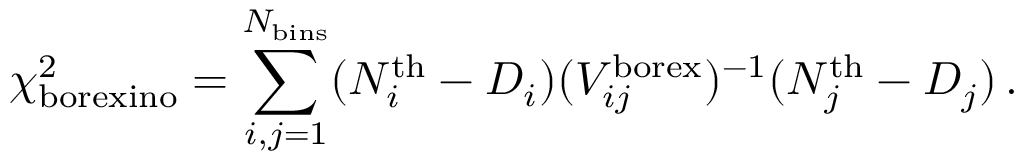
\chi _ { \mathrm { b o r e x i n o } } ^ { 2 } = \sum _ { i , j = 1 } ^ { N _ { \mathrm { b i n s } } } ( N _ { i } ^ { \mathrm { t h } } - D _ { i } ) ( V _ { i j } ^ { \mathrm { b o r e x } } ) ^ { - 1 } ( N _ { j } ^ { \mathrm { t h } } - D _ { j } ) \, .